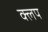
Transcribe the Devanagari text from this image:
क्लप